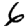
Digit: 6